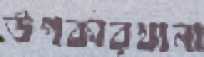
উপকারখানা